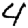
Digit: 4